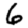
Digit: 6